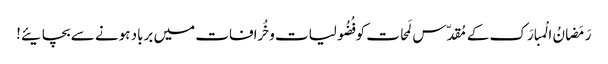
رَمَضانُ الْمبارَک کے مُقدّس لَمحات کو فُضُولیات وخُرافات میں برباد ہونے سے بچایئے!